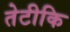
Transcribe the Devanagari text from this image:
तेटीकि